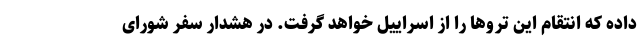
داده که انتقام این تروها را از اسراییل خواهد گرفت. در هشدار سفر شورای